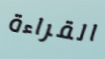
القراءة